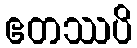
ဧတဿပိ